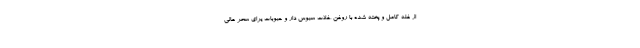
از غله کامل و پخته شده با روغن ،غلات سبوس دار و حبوبات یرای سحر عالی